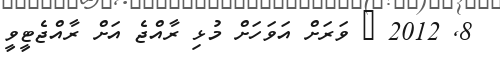
8